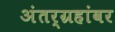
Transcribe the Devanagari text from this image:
अंतर्ग्रहांवर